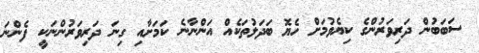
ސަބަބުން ދަރިވަރުންގެ ކިޔެވުމަށް ހެޔޮ ބަދަލުތަކެއް އަންނާނެ ކަމަށާއި ގިނަ ދަރިވަރުންނަކީ ފެންނަ